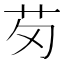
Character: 𫇬